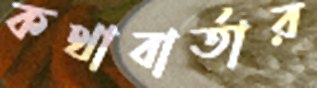
কথাবার্তার